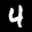
Label: 4